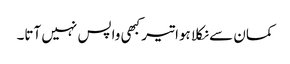
کمان سے نکلا ہوا تیر کبھی واپس نہیں آتا۔